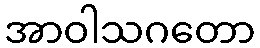
အာဝါသဂတော